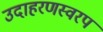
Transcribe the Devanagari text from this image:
उदाहरणस्वरप